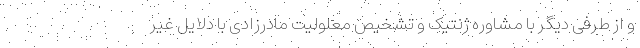
و از طرفی دیگر با مشاوره ژنتیک و تشخیص معلولیت مادرزادی با دلایل غیر